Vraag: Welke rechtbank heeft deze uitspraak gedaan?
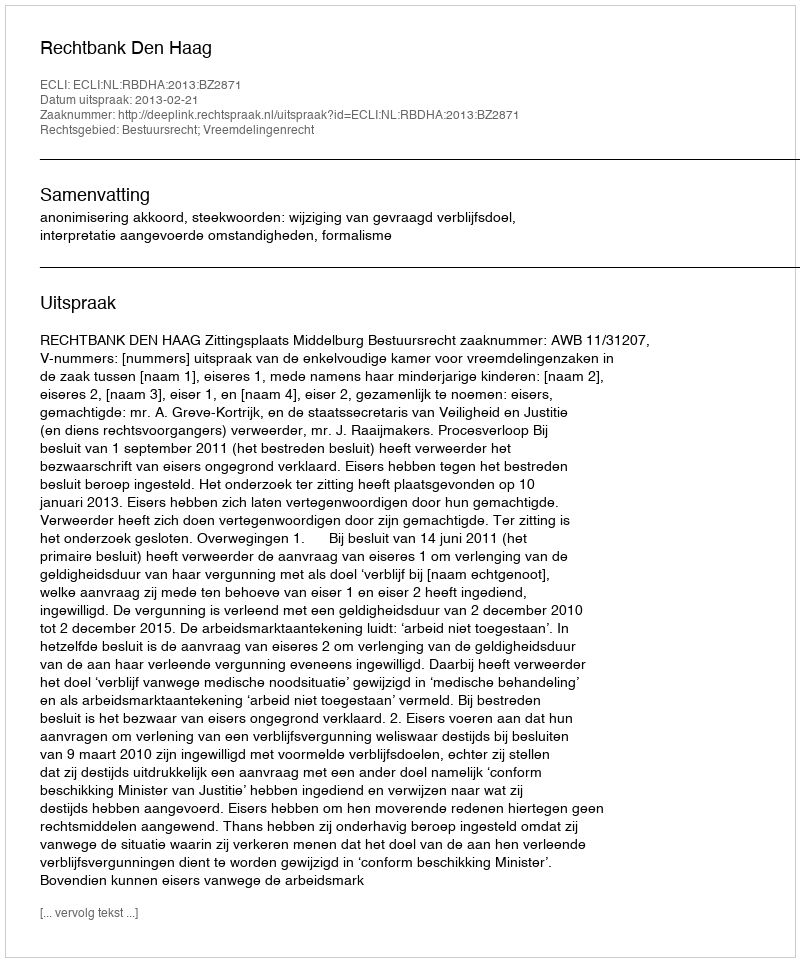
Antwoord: Rechtbank Den Haag